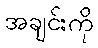
အချင်းကို